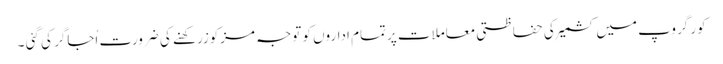
کور گروپ میں کشمیرکی حفاظتی معاملات پرتمام اداروں کو توجہ مزکوزرکھنے کی ضرورت اُجاگر کی گئی ۔